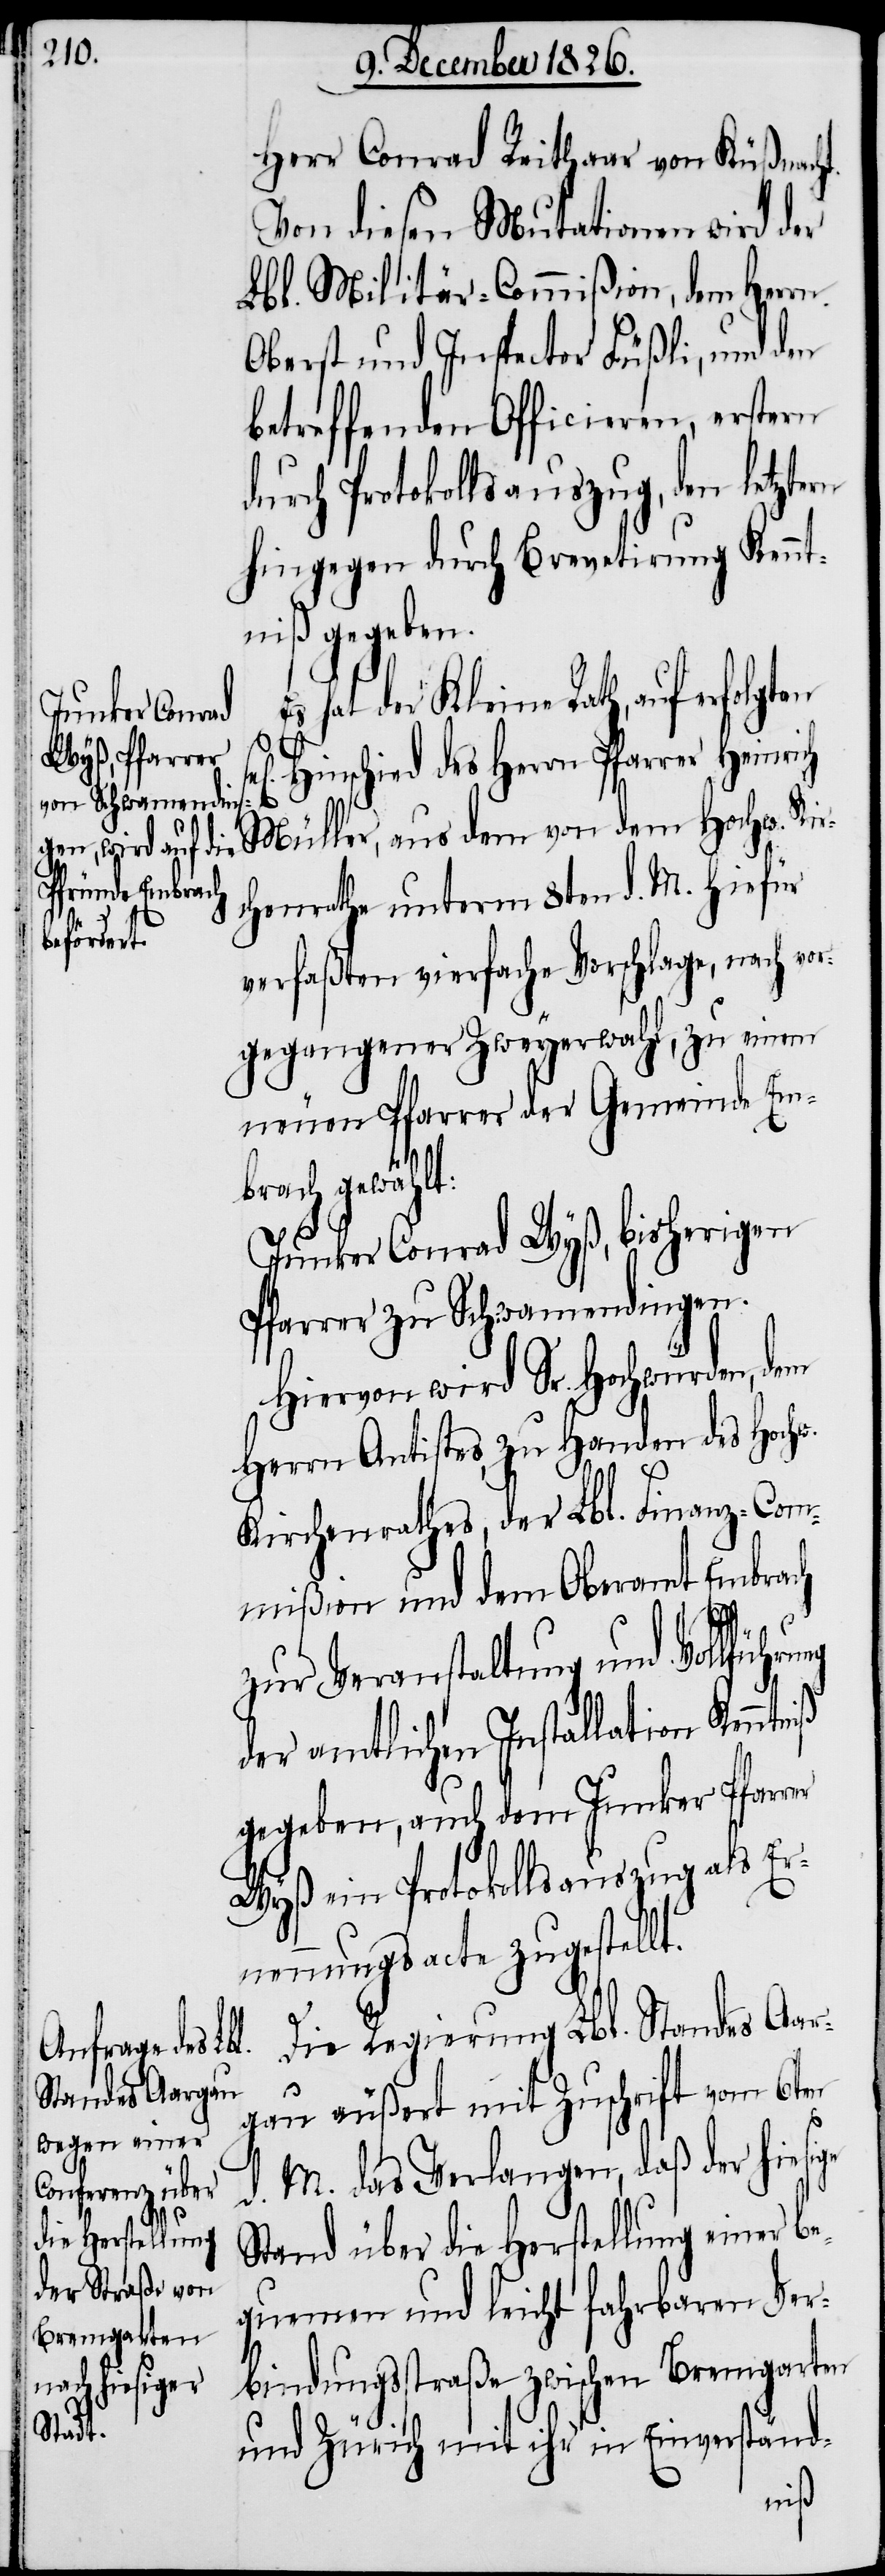
t:

Herr Conrad Reithaar von Küßnach¬
Von diesen Mutationen wird der
Lbl. Militär-Commißion, dem Herrn
Oberst und Inspector Füßli, und den
betreffenden Officieren, erstern
durch Protokollsauszug, den letztern
hingegen durch Brevetirung Kennt¬
niß gegeben.
Es hat der Kleine Rath, auf erfolgten
Hinschied des Herrn Pfarrer Hein¬
Müller, aus dem von dem Hochw. Kir¬
chenrathe unterm 8ten d. M. hiefür
verfaßten vierfachen Vorschlage, nach vor¬
gegangener Zweyerwahl, zu einem
neuen Pfarrer der Gemeinde Em¬
brach gewähl¬
Junker Conrad Wyß, bisherigen
Pfarrer zu Schwamendingen.
Hiervon wird Sr. Hochwürden, dem
Herrn Antistes, zu Handen des Hochw.
Kirchenrathes, der Lbl. Finanz-Com¬
mißion und dem Oberamt Embrach
zur Veranstaltung und Vollführu¬
der amtlichen Installation Kenn¬
gegeben, auch dem Junker Pfarrer
Wyß ein Protokollsauszug als Er¬
nennungsacte zugestellt.
Die Regierung Lbl. Standes Aar¬
gau äußert mit Zuschrift vom 6ten
d. M. das Verlangen, daß der hiesige
Stand über die Herstellung einer
quemen und leicht fahrbaren Ver¬
bindungsstraße zwischen Bremgarten
und Zürich mit ihr in Einverständ-
be¬